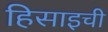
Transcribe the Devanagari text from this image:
हिसाइची